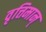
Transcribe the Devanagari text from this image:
वृत्तिमान्‌